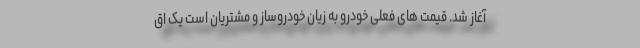
آغاز شد. قیمت های فعلی خودرو به زیان خودروساز و مشتریان است یک اق